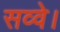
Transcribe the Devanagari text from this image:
सव्वे।